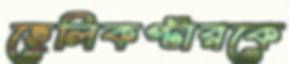
হেলিকপ্টারকে